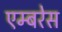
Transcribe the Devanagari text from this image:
एम्बरेस